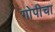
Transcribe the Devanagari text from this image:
गोपीचा